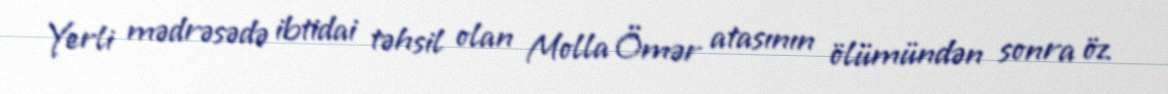
Yerli mədrəsədə ibtidai təhsil olan Molla Ömər atasının ölümündən sonra öz